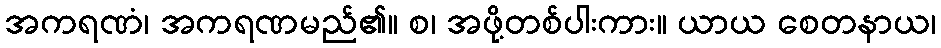
အကရဏံ၊ အကရဏမည်၏။ စ၊ အဖို့တစ်ပါးကား။ ယာယ စေတနာယ၊